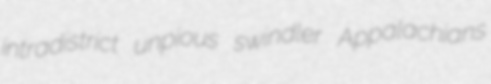
intradistrict unpious swindler Appalachians